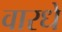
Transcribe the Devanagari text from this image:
वारधे